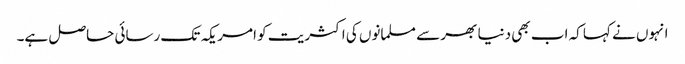
انہوں نے کہا کہ اب بھی دنیا بھر سے مسلمانوں کی اکثریت کو امریکہ تک رسائی حاصل ہے۔